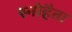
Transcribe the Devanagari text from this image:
स्नोहैता